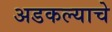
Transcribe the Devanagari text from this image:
अडकल्याचे